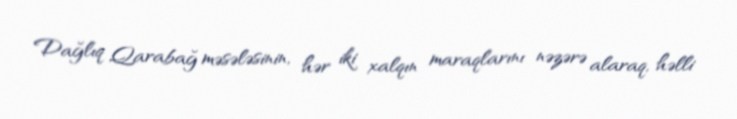
Dağlıq Qarabağ məsələsinin, hər iki xalqın maraqlarını nəzərə alaraq, həlli